Malaria in India - Number 2
Disease focus: Malaria
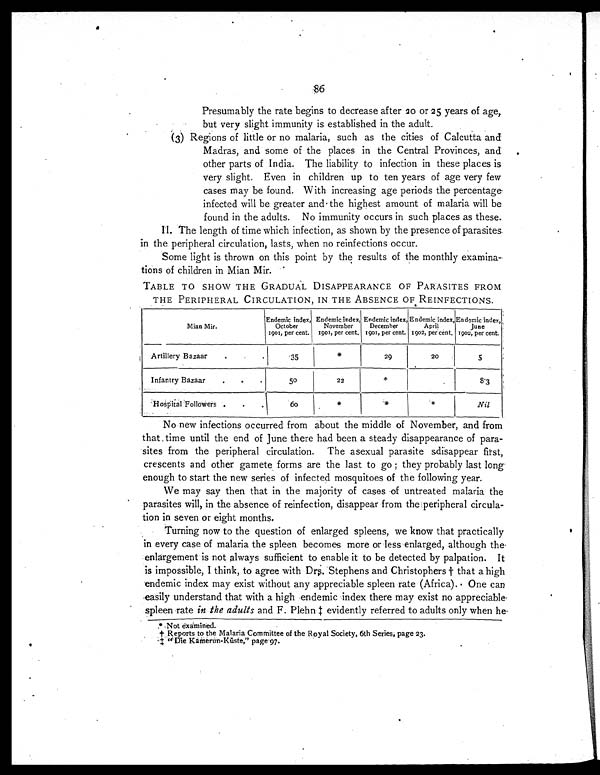
Presumably the rate begins to decrease after 20 or 25 years of age,
but very slight immunity is established in the adult.
(3) Regions of little or no malaria, such as the cities of Calcutta and
Madras, and some of the places in the Central Provinces, and
other parts of India. The liability to infection in these places is
very slight. Even in children up to ten years of age very few
cases may be found. With increasing age periods the percentage
infected will be greater and the highest amount of malaria will be
found in the adults. No immunity occurs in such places as these.
II. The length of time which infection, as shown by the presence of parasites.
in the peripheral circulation, lasts, when no reinfections occur.
Some light is thrown on this point by the results of the monthly examina-
tions of children in Mian Mir.
TABLE TO SHOW THE GRADUAL DISAPPEARANCE OF PARASITES FROM
THE PERIPHERAL CIRCULATION, IN THE ABSENCE OF REINFECTIONS.
Mian Mir.
Endemic index,
October
1901, per cent.
Endemic index,
November
1901, per cent.
Endemic index,
December
1901, per cent.
Endemic index,
April
1902, per cent.
Endemic index,
June
1902, per cent.
Artillery Bazaar
...
35
*
29
20
5
Infantry Bazaar
...
5 0
22
*
8·3
Hospital Followers ...
6 0
*
*
*
Nil
No new infections occurred from about the middle of November, and from
that time until the end of June there had been a steady disappearance of para
-sites from the peripheral circulation. The asexual parasite sdisappear first,
crescents and other gamete forms are the last to go; they probably last long
enough to start the new series of infected mosquitoes of the following year.
We may say then that in the majority of cases of untreated malaria the
parasites will, in the absence of reinfection, disappear from the peripheral circula-
tion in seven or eight months.
Turning now to the question of enlarged spleens, we know that practically
in every case of malaria the spleen becomes more or less enlarged, although the
enlargement is not always sufficient to enable it to be detected by palpation. It
is impossible, I think, to agree with Drs. Stephens and Christophers † that a high
endemic index may exist without any appreciable spleen rate (Africa).. One can
easily understand that with a high endemic index there may exist no appreciable
spleen rate in the adults and F. Plehn ‡ evidently referred to adults only when he.
* Not examined.
† Reports to the Malaria Committee of the Royal Society, 6th Series, page 23.
‡ "Die Kamerun-Kūste," page 97.